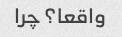
واقعا؟ چرا